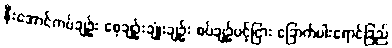
နီးအောင်ကပ်ချဉ်း စေ့ချဉ်းချုံးချဉ်း စပ်ချဉ်ပင့်ငြား ခြောက်ပါးရောင်ခြည်